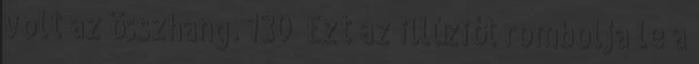
volt az összhang. 130 Ezt az illúziót rombolja le a